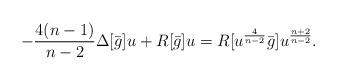
LaTeX: \begin{align*}- \frac {4(n-1)}{n-2}\Delta [\bar g] u + R[\bar g] u = R[u^\frac 4{n-2} \bar g]u^\frac {n+2}{n-2}.\end{align*}